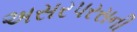
અસરપરસની